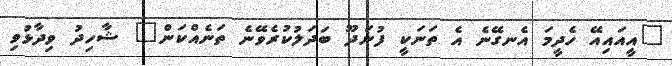
"އީއައިއޭ ހެދީމަ އެނގޭނެ އެ ތަނަކީ ފުނަދޫ ބަދަލުކުރެވޭނެ ތަނެއްކަން" ޝާހިދު ވިދާޅުވި